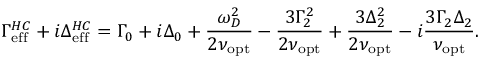
\Gamma _ { \mathrm { e f f } } ^ { H C } + i \Delta _ { \mathrm { e f f } } ^ { H C } = \Gamma _ { 0 } + i \Delta _ { 0 } + \frac { \omega _ { D } ^ { 2 } } { 2 \nu _ { \mathrm { o p t } } } - \frac { 3 \Gamma _ { 2 } ^ { 2 } } { 2 \nu _ { \mathrm { o p t } } } + \frac { 3 \Delta _ { 2 } ^ { 2 } } { 2 \nu _ { \mathrm { o p t } } } - i \frac { 3 \Gamma _ { 2 } \Delta _ { 2 } } { \nu _ { \mathrm { o p t } } } .